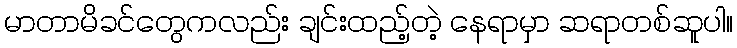
မာတာမိခင်တွေကလည်း ချင်းထည့်တဲ့ နေရာမှာ ဆရာတစ်ဆူပါ။